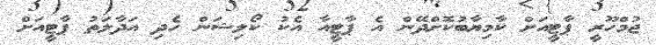
ޖުމްހޫރީ ޕާޓީއަށް ކާމިޔާބުކޮށްދޭން އެ ޕާޓީއާ އެކު ކޯލިޝަން ހެދި އަދާލަތު ޕާޓީއަށް